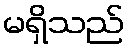
မရှိသည်